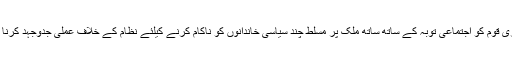
آج ساری قوم کو اجتماعی توبہ کے ساتھ ساتھ ملک پر مسلط چند سیاسی خاندانوں کو ناکام کرنے کیلئے نظام کے خلاف عملی جدوجہد کرنا ہو گی۔